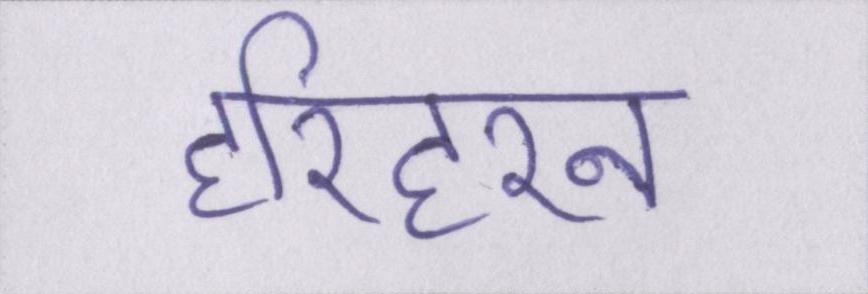
हरिहरन